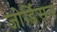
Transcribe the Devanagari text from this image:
जोर्डिसन